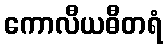
ကောလီယဓီတရံ